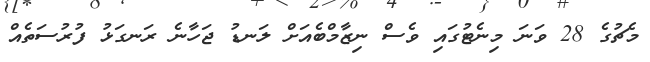
މެޗުގެ 28 ވަނަ މިނެޓުގައި ވެސް ނިޒާމްބެއަށް ލަނޑު ޖަހާނެ ރަނގަޅު ފުރުސަތެއް